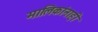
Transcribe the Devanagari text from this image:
मालिकांनाही